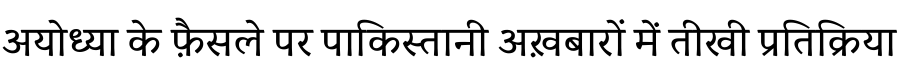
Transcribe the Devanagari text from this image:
अयोध्या के फ़ैसले पर पाकिस्तानी अख़बारों में तीखी प्रतिक्रिया